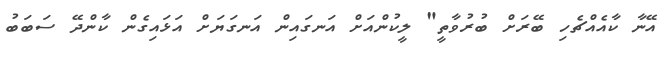
އޭނާ ކާއެއްޗެހި ބޭރަށް ބުރުވާތީ" ލީކުންއަށް އަނގައިން އަނގަޔަށް އަޅައިގެން ކާންދޭ ސަބަބު